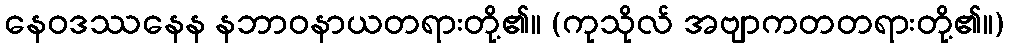
နေဝဒဿနေန နဘာဝနာယတရားတို့၏။ (ကုသိုလ် အဗျာကတတရားတို့၏။)